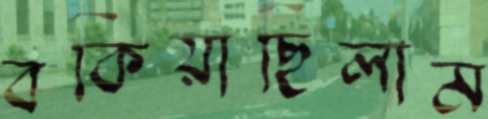
বকিয়াছিলাম